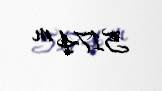
5174 m